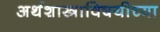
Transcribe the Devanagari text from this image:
अर्थशास्त्राविषयीच्या